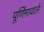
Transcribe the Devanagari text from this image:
पूर्णिमावाले